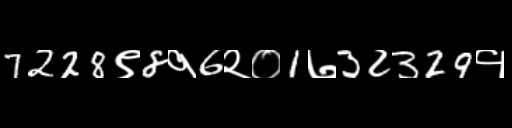
Text: 7228९8१6२०1७32329१